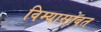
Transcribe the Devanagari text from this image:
विम्यासोबत